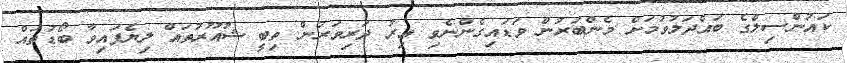
ކައުންސިލްގެ ބައްދަލުވުމަށް މެންބަރުން ވަޑައިގެންނެވި އިރު ދަރިވަރުން ތިބީ ޝުއޫރުތައް ލިޔެފައިވާ ބޯޑުތައް